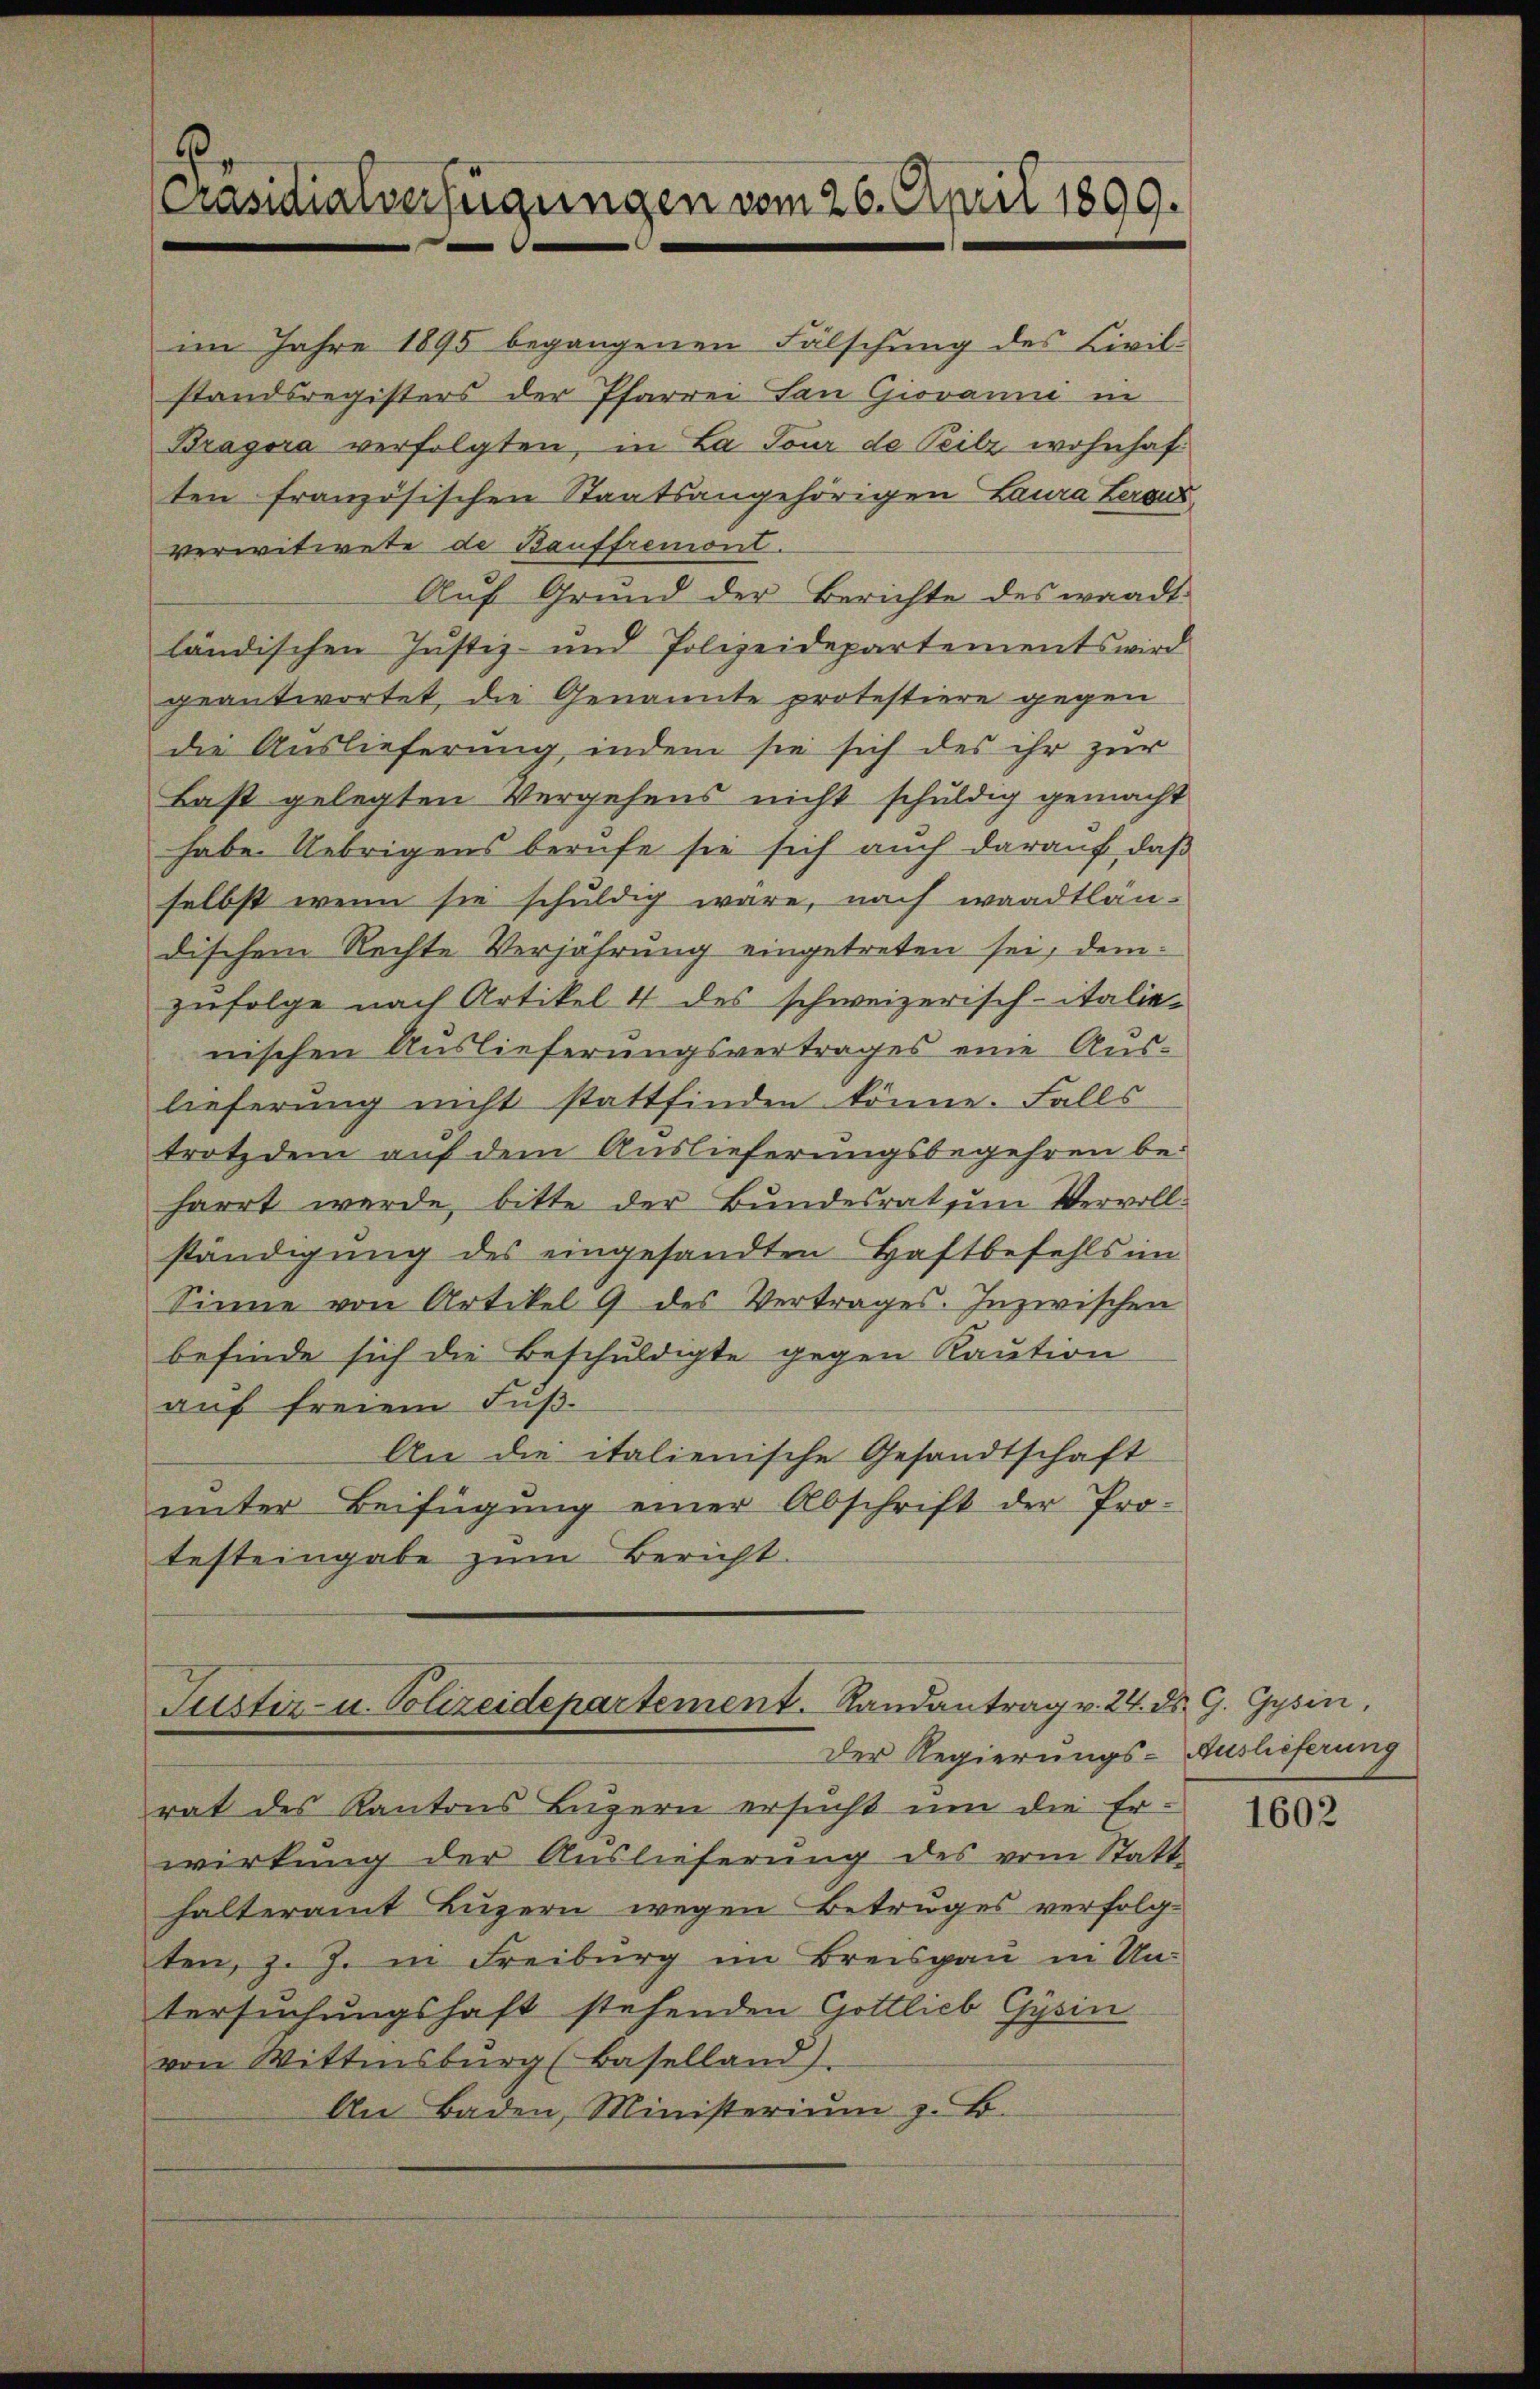
im Jahre 1895 begangenen Fälschung des Civilstandsregisters der Pfarrei San Giovanni in
Bragora verfolgten, in La Tour de Teilz wohnhaften französischen Staatsangehörigen Laura Lergus
verwitwete de Bauffremont.
Auf Grund der Berichte des waadt
ländischen Justiz- und Polizeidepartements wird
geantwortet die Genannte protestiere gegen
die Auslieferung, indem sie sich des ihr zur
Baßt gelegten Vergehens nicht schuldig gemacht
habe Uebrigens berufe sie sich auch darauf, daß
selbst wenn sie schuldig wäre, nach waadtlan-
dischem Rechte Verjährung eingetreten sei, demzufolge nach Artikel 4 des schweizerisch-italie-
nischen Auslieferungsvertrages eine Aus-
lieferung nicht stattfinden könne. Falls
trotzdem auf dem Auslieferungsbegehren beharrt werde, bitte der Bundesrat zum Vervoll
ständigung des eingesandten Haftbefehls im
Sinne von Artikel 9 des Vertrages. Inzwischen
befinde sich die Beschuldigte gegen Kaution
aŭf freiem Fŭβ-
An die italienische Gesandtschaft
unter Beifügung einer Abschrift der Pro-
testeingabe zum Bericht.

Präsidialverfügungen vom 26. April 1899.

Suster- u. Polizeidepartement. Randantrag v. 24. ds. G. Gysin,
Der Regierungs-Auslieferung

rat des Kantons Luzern ersucht um die Er-
wirkung der Auslieferung des vom Statt
halteramt Luzern wegen Betruges verfolgten, z. Z. in Freiburg im Breisgau in Un-
tersuchungshaft stehenden Gottlieb Gysin
von Wittensburg (Baselland).
An Baden, Ministerium z. B.

1602